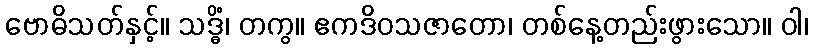
ဗောဓိသတ်နှင့်။ သဒ္ဓိံ၊ တကွ။ ဧကဒိဝသဇာတော၊ တစ်နေ့တည်းဖွားသော။ ဝါ၊